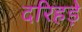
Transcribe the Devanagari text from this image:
दरिहड़े